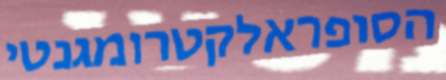
הסופראלקטרומגנטי